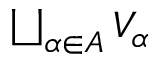
\textstyle { \bigsqcup _ { \alpha \in A } V _ { \alpha } }